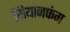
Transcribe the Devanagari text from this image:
सियानफंग